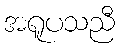
အရူပသညီ